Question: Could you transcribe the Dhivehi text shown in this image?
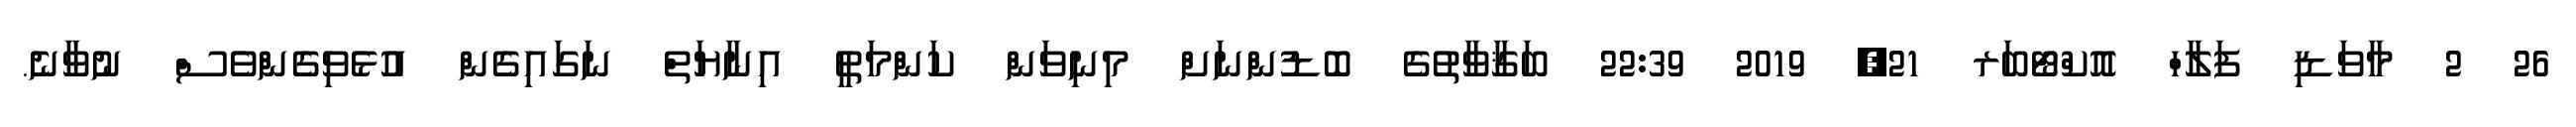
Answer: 26 2 މާވަޑި ފަލާހް އޮކްޓޯބަރ 21, 2019 22:39 ބަޤާވާތުގެ ބޮޑުންނަށް މިނިވަން ކަންމަތީ އިނާޔަތް ނަގައިގެން އުޅެވިގެންވެސް ނުވާނެ.